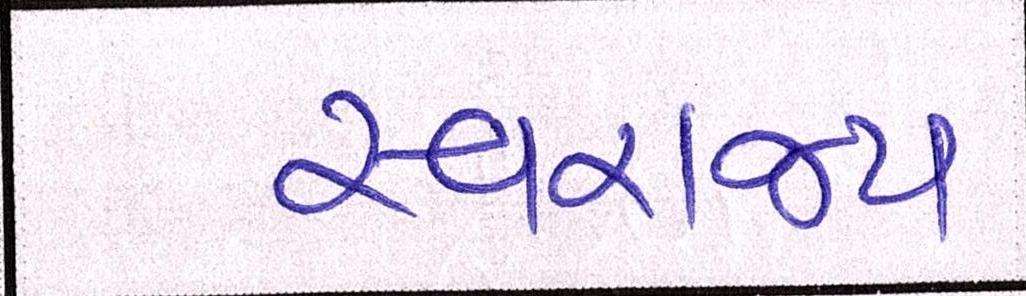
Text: સ્વરાજ્ય